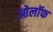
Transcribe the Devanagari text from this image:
ओलॉफ